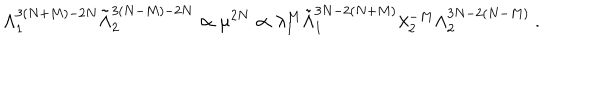
\Lambda _ { 1 } ^ { 3 ( N + M ) - 2 N } \tilde { \Lambda } _ { 2 } ^ { 3 ( N - M ) - 2 N } \propto \mu ^ { 2 N } \propto \lambda _ { 1 } ^ { M } \tilde { \Lambda } _ { 1 } ^ { 3 N - 2 ( N + M ) } \lambda _ { 2 } ^ { - M } \Lambda _ { 2 } ^ { 3 N - 2 ( N - M ) } \ .